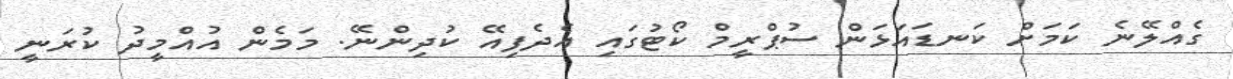
ގެެއްލޭނެ ކަމަށް ކަނޑައަޅަން ސުޕްރީމް ކޯޓުގައި އެދެފިއޭ ކުދިންނޭ. މަމެން އުއްމީދު ކުރަނީ